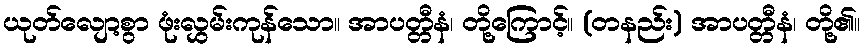
ယုတ်လျော့စွာ ဖုံးလွှမ်းကုန်သော။ အာပတ္တီနံ၊ တို့ကြောင့်။ (တနည်း) အာပတ္တီနံ၊ တို့၏။